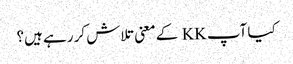
کیا آپ KK کے معنی تلاش کر رہے ہیں؟